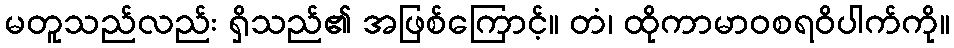
မတူသည်လည်း ရှိသည်၏ အဖြစ်ကြောင့်။ တံ၊ ထိုကာမာဝစရဝိပါက်ကို။